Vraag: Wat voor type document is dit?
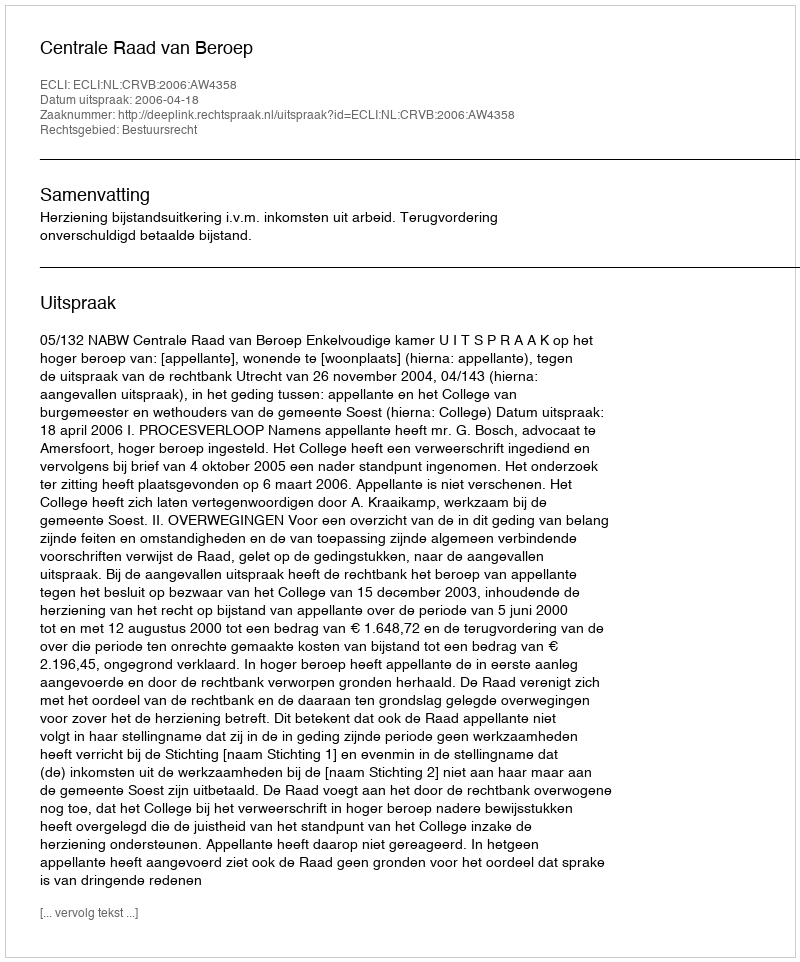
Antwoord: Uitspraak